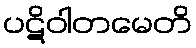
ပဋိဝါတမေတိ